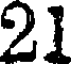
21